Civil Veterinary Department. United Provinces 1932-42 - 1932-1942
Year: 1932
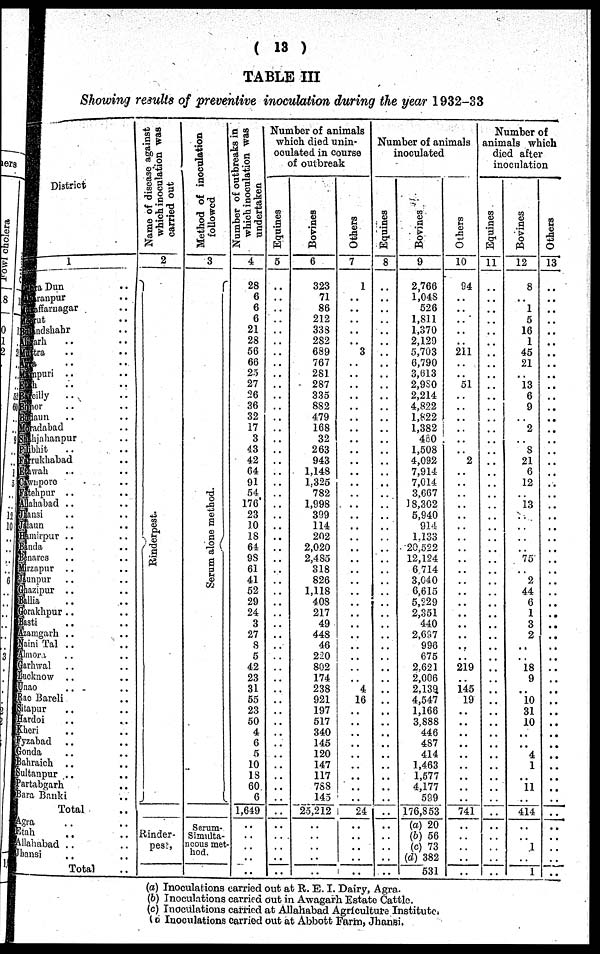
(13)
TABLE III
Showing results of preventive inoculation during the year 1932-33
District
1
a Dun ..
ranpur ..
iffaruagar ..
ut ..
ndshahr ..
rh
.. ..
ra ..
.. ..
puri .. ..
.. ..
eilly ..
..
or .. ..
nun .. ..
adabad .. ..
ljahanpur .. ..
hit .. ..
ukhabad .. ..
Nah .. ..
nporo .. ..
ehpur .. ..
ihabad .. ..
nsi .. ..
mn .. ..
nirpur .. ..
da .. ..
arcs .. ..
apur .. ..
npur .. ..
zipur .. ..
ia .. ..
rakhpur .. ..
isti .. ..
amgarh .. ..
Nini Tal .. ..
mora
. . ..
rhwal .. ..
cknow .. ..
ao .. ..
lc Bareli .. ..
apur .. ..
trdoi .. ..
aeri .. ..
yzabad .. ..
onda .. ..
ahraich ..
ultanpur .. ..
artabgarh ..
ara Banki ..
Total
..
gra .. ..
tah .. ..
llahnbad .. ..
bansi .. ..
Total ..
Name of disease against
which inoculation was
carried out
2
Rinderpest.
Rinder-
pest,
Method of inoculation
followed
3
Serum alone method.
Serum-
Simulta-
neous met
hod.
Number of outbreaks in
which inoculation was
undertaken
4
28
6
6
6
21
28
56
66
25
27
26
36
32
17
3
43
42
64
91
54
176
23
10
18
64
98
61
41
52
29
24
3
27
8
5
42
23
31
55
23
50
4
6
5
10
13
60
6
1,649
..
.. ..
..
..
Number of animals
which died unin-
oculated in course
of outbreak
Equines
5
..
..
..
..
..
..
..
..
..
..
..
..
..
..
..
..
..
..
..
..
..
..
..
..
..
..
..
..
..
..
..
..
..
..
..
..
..
..
..
..
..
..
..
..
..
..
..
..
..
..
.. ..
..
..
Bovines
6
323
71
86
212
333
282
689
767
281
287
335
882
479
168
32
263
943
1,148
1.325
782
1,998
309
114
202
2,020
2,485
318
826
1,118
408
217
49
448
46
220
802
174
238
921
197
517
340
145
120
147
117
788
145
25,212
..
.. ..
..
..
Others
7
1
..
..
..
..
..
3
..
..
..
..
..
..
..
..
..
..
..
..
..
..
..
..
..
..
..
..
..
..
..
..
..
..
..
..
..
..
4
16
..
..
..
..
..
..
..
..
..
24
..
..
..
..
..
Number of animals
inoculated
Equines
8
..
..
..
..
..
..
..
..
..
..
..
..
..
..
..
..
..
..
..
..
..
..
..
..
..
..
..
..
..
..
..
..
..
..
..
..
..
..
..
..
..
..
..
..
..
..
..
..
..
..
.. ..
..
..
Bovines
9
2,766
1,048
526
1,811
1,370
2,120
5,703
6,790
3,613
2,980
2,214
4,822
1,822
1,382
460
1,508
4,092
7,914
7,014
3,667
18,302
5,940
914
1.133
20,522
12,124
6 714
3,040
6,615
5,229
2,351
44.0
2,637
996
675
2,621
2,006
2,139
4,547
1,166
3.888
446
4S7
414
1,463
1,577
4,177
599
176,853
(a) 20
(b) 56
(c) 73
(d) 382
531
Others
10
94
..
..
..
..
..
211
..
..
51
..
..
..
..
..
..
2
..
..
..
..
..
..
..
..
..
..
..
..
..
..
..
..
..
..
219
..
145
19
..
..
..
..
..
..
..
..
..
741
..
.. ..
..
..
Number of
animals which
died after
inoculation
Equines
11
..
..
..
..
..
..
..
..
..
..
..
..
..
..
..
..
..
..
..
..
..
..
..
..
..
..
..
..
..
..
..
..
..
..
..
..
..
..
..
..
..
..
..
..
..
..
..
..
..
..
.. ..
..
...
Bovines
12
8
..
1
5
16
1
45
21
..
13
6
9
..
2
..
8
21
6
12
..
13
..
..
..
..
75
..
2
44
6
1
3
2
..
..
18
9
..
10
31
10
..
..
4
1
..
11
..
414
..
.. 1
..
1
Others
13
..
..
..
..
..
..
..
..
..
..
..
..
..
..
..
..
..
..
..
..
..
..
..
..
..
..
..
..
..
..
..
..
..
..
..
..
..
..
..
..
..
..
..
..
..
..
..
..
..
..
.. ..
..
..
(a) Inoculations carried out at R. E. I. Dairy, Agra.
(b) Inoculations carried out in Awagarh Estate Cattle.
(c) Inoculations carried at Allahabad Agriculture Institute.
(d) Inoculations carried out at Abbott Farm, Jhansi.